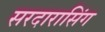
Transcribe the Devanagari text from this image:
सरदारासिंग